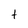
Character: t